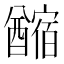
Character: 𨣡